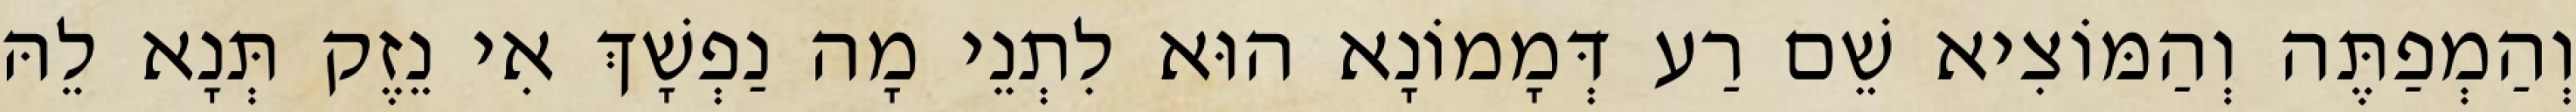
וְהַמְפַתֶּה וְהַמּוֹצִיא שֵׁם רַע דְּמָמוֹנָא הוּא לִתְנֵי מָה נַפְשָׁךְ אִי נֵזֶק תְּנָא לֵהּ